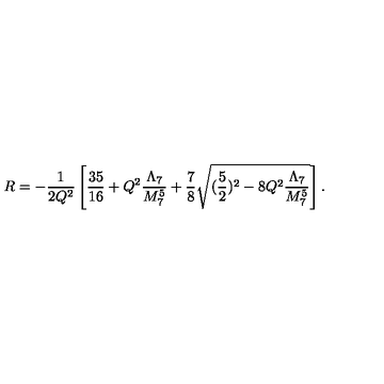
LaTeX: R = - \frac { 1 } { 2 Q ^ { 2 } } \left[ \frac { 3 5 } { 1 6 } + Q ^ { 2 } \frac { \Lambda _ { 7 } } { M _ { 7 } ^ { 5 } } + \frac { 7 } { 8 } \sqrt { ( \frac { 5 } { 2 } ) ^ { 2 } - 8 Q ^ { 2 } \frac { \Lambda _ { 7 } } { M _ { 7 } ^ { 5 } } } \right] .